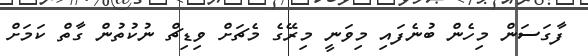
ފާގަސަން މިހެން ބުނެފައި މިވަނީ މިރޭގެ މެޗަށް ވިޑިޗް ނުކުތުން ގާތް ކަމަށް